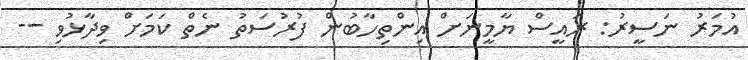
އުމަރު ނަސީރު: ރައީސް ޔާމީނަށް އިންތިހާބުން ފުރުސަތު ނެތް ކަމަށް ވިދާޅުވި --